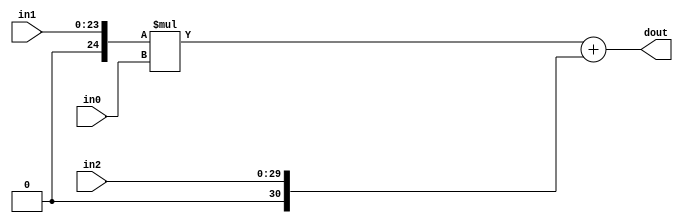
module hls_contrast_streg8j_DSP48_4(
    input  [8 - 1:0] in0,
    input  [24 - 1:0] in1,
    input  [30 - 1:0] in2,
    output [32 - 1:0]  dout);
wire signed [25 - 1:0]     a;
wire signed [18 - 1:0]     b;
wire signed [48 - 1:0]     c;
wire signed [43 - 1:0]     m;
wire signed [48 - 1:0]     p;
assign a  = $unsigned(in1);
assign b  = $signed(in0);
assign c  = $unsigned(in2);
assign m  = a * b;
assign p  = m + c;
assign dout = p;
endmodule